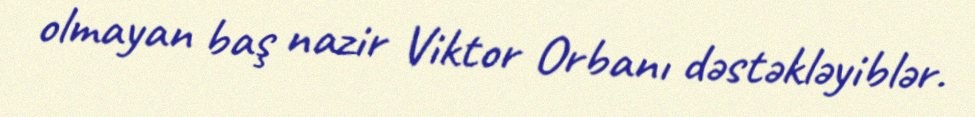
olmayan baş nazir Viktor Orbanı dəstəkləyiblər.